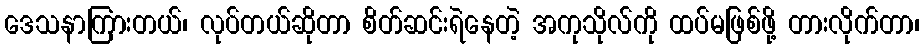
ဒေသနာကြားတယ်၊ လုပ်တယ်ဆိုတာ စိတ်ဆင်းရဲနေတဲ့ အကုသိုလ်ကို ထပ်မဖြစ်ဖို့ တားလိုက်တာ၊